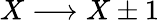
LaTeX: X\longrightarrow X\pm 1